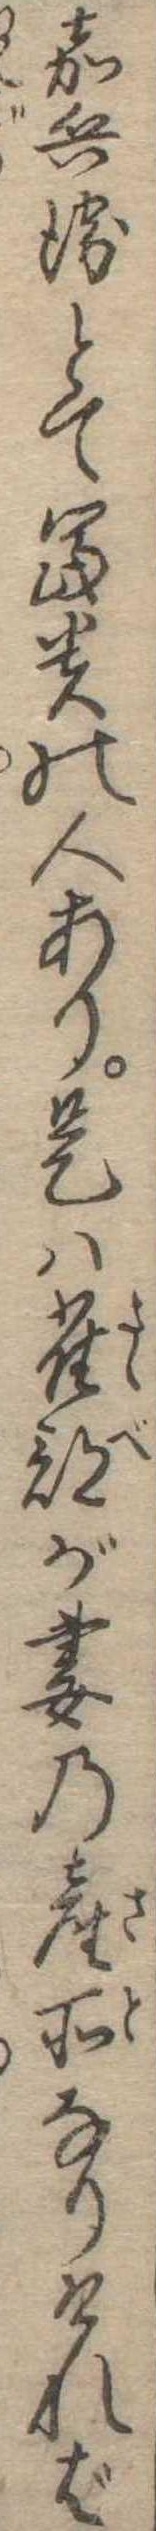
嘉兵衛とて富貴の人あり是は雀部が妻の産所なりければ